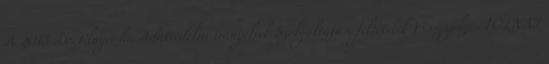
A 2018 DocPlayer.hu Adatvédelmi irányelvek Szolgáltatási feltételek Visszajelzés TOLNAI